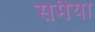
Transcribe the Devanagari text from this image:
समैया